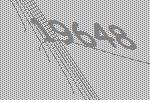
19648